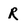
Character: R